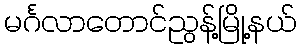
မင်္ဂလာတောင်ညွန့်မြို့နယ်